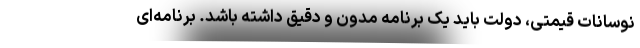
نوسانات قیمتی، دولت باید یک برنامه مدون و دقیق داشته باشد. برنامه‌ای